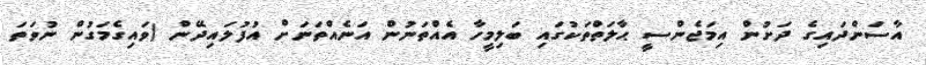
އާސަންދައިގެ ދަށުން އިމަޖެންސީ ޙާލަތްތަކުގައި ބަލިމީހާ އެއްތަނުން އަނެއްތަނަށް އުފުލައިދޭން (ވައިގެމަގުން ނުވަތަ